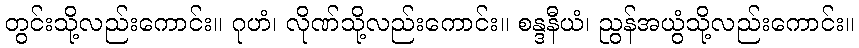
တွင်းသို့လည်းကောင်း။ ဂုဟံ၊ လိုဏ်သို့လည်းကောင်း။ စန္ဒနီယံ၊ ညွန်အယွံသို့လည်းကောင်း။